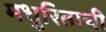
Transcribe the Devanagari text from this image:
मधुरिताची